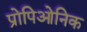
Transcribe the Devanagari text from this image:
प्रोपिओनिक